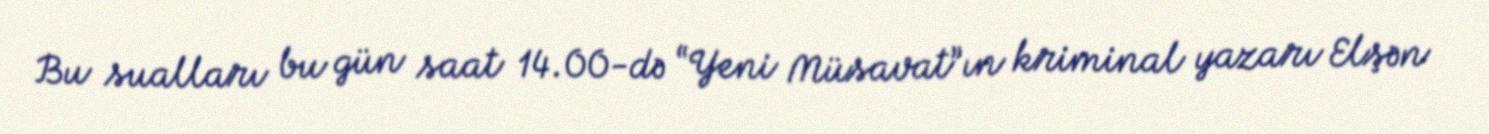
Bu sualları bu gün saat 14.00-də “Yeni Müsavat”ın kriminal yazarı Elşən